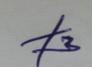
Signature authenticity: forged